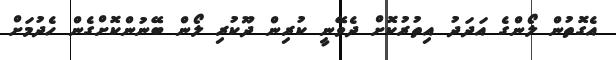
އެގޮތުން ލޯންގެ އަދަދު އިތުރުކޮށް ދެވޭނީ ކުރިން ދޫކުރި ލޯން ބޭނުންކޮށްގެން ހެދުމަށް